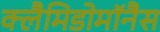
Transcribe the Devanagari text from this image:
क्लैमिडोमॉनैस